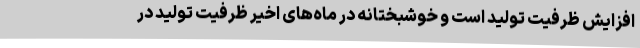
افزایش ظرفیت تولید است و خوشبختانه در ماه‌های اخیر ظرفیت تولید در